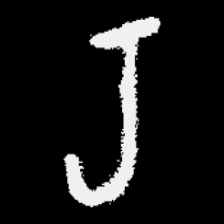
Pyu character \u2014 Myanmar letter: ရ (romanized: ra)